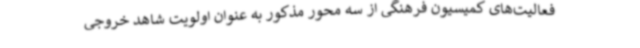
فعالیت‌های کمیسیون فرهنگی از سه محور مذکور به عنوان اولویت شاهد خروجی